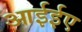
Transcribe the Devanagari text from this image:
आईईए